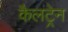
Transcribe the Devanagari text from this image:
कैलट्रेन